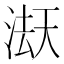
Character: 𭱇